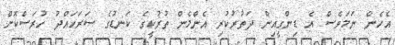
އެހެން ނަމަވެސް އެ ޑިންގީއިން ދަތުރުކުރި އެންމެން ތުރުކީގެ ކަނޑުގެ ސަރަހައްދު ހުރަސްކޮށް